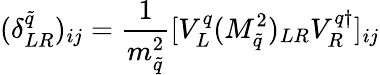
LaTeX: (\delta_{LR}^{\tilde{q}})_{ij}=\frac{1}{m_{\tilde{q}}^{2}}[V_{L}^{q}(M_{\tilde{q}}^{2})_{LR}V_{R}^{q\dagger}]_{ij}